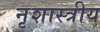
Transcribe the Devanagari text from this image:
नृशास्त्रीय